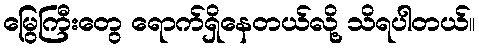
မြွေကြီးတွေ ရောက်ရှိနေတယ်လို့ သိရပါတယ်။